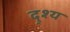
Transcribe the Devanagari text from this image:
द्र्श्य